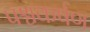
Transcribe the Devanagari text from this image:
पश्चकर्षण